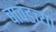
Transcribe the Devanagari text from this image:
चावंडच्या